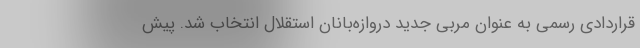
قراردادی رسمی به عنوان مربی جدید دروازه‌بانان استقلال انتخاب شد. پیش